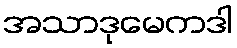
အသာဒုမေကဒါ